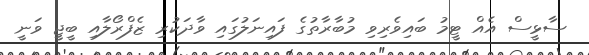
ސާޅީސް އެއް ޓީމު ބައިވެރިވި މުބާރާތުގެ ފައިނަލުގައި ވާދަކުރި ޒެފްރޯލާއި ބީޖީ ވަނީ